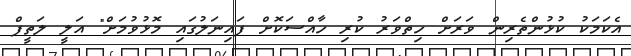
އެކަމަކު ކުޅުންތެރިން ވަރަށް ހިތްވަރު ކުރި ހާއްސަކޮށް ފައިނަލުގައި މޮޅުވުމަށް" އަލީ ލަތީފް